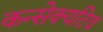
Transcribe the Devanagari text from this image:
कन्सेक्यटिव